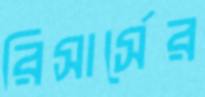
রিসার্সের